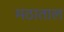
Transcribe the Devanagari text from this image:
मठाताल